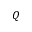
Q